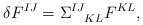
\begin{align*}\delta F^{IJ}=\Sigma^{IJ}_{\;\;\;\;KL}F^{KL},\end{align*}